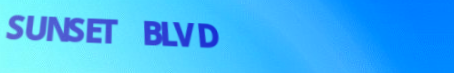
SUNSET BLVD